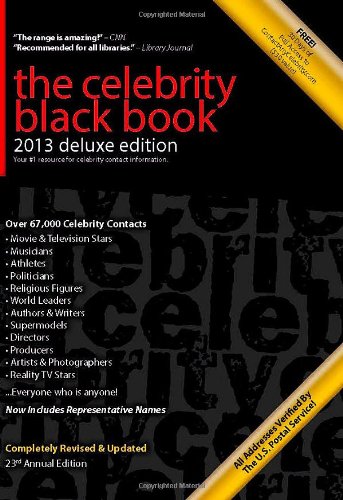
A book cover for The Celebrity Black Book 2013: Over 67,000 Accurate Celebrity Addresses, Deluxe Edition; Crafts, Hobbies & Home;